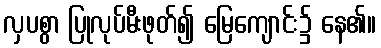
လှပစွာ ပြုလုပ်မီးဖုတ်၍ မြေကျောင်း၌ နေ၏။